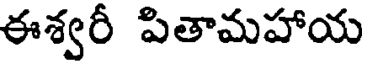
ఈశ్వరీ పితామహాయ